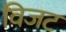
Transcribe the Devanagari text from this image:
विजट